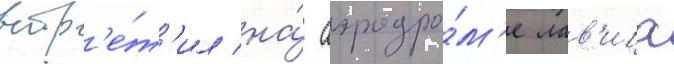
встр'е́т'ил на́ аэродро́м'е лав'ица